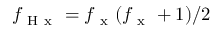
f _ { \mathrm { ~ H ~ x ~ } } = f _ { \mathrm { ~ x ~ } } ( f _ { \mathrm { ~ x ~ } } + 1 ) / 2